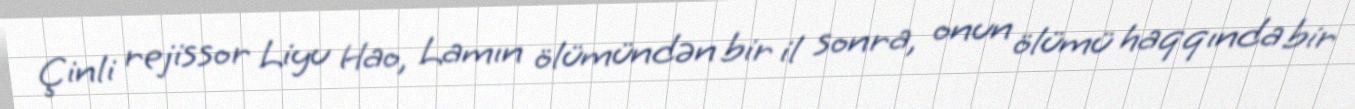
Çinli rejissor Liyu Hao, Lamın ölümündən bir il sonra, onun ölümü haqqında bir